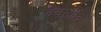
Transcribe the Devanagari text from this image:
देवतादि